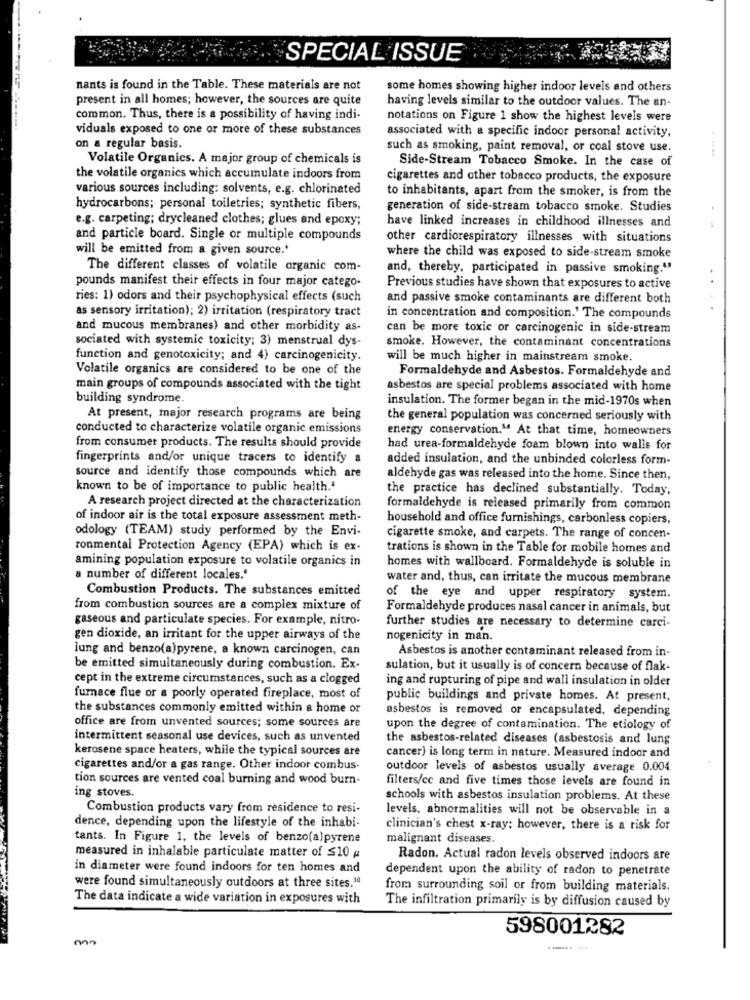
SPECIAL ISSUE
nants is found in the Table. These materials are not
some homes showing higher indoor levels and others
present in all homes; however, the sources are quite
having levels similar to the outdoor values. The an-
common. Thus, there is a possibility of having indi-
notations on Figure 1 show the highest levels were
viduals exposed to one or more of these substances
associated with a specific indoor personal activity,
on a regular basis.
such as smoking, paint removal, or coal stove use.
Volatile Organics. A major group of chemicals is
Side-Stream Tobacco Smoke. In the case of
the volatile organics which accumulate indoors from
cigarettes and other tobacco products, the exposure
various sources including: solvents, e.g. chlorinated
to inhabitants, apart from the smoker, is from the
hydrocarbons; personal toiletries; synthetic fibers,
generation of side-stream tobacco smoke. Studies
e.g. carpeting; drycleaned clothes; glues and epoxy;
have linked increases in childhood illnesses and
and particle board. Single or multiple compounds
other cardiorespiratory illnesses with situations
will be emitted from a given source.'
where the child was exposed to side-stream smoke
The different classes of volatile organic com-
and, thereby, participated in passive smoking."
pounds manifest their effects in four major catego-
Previous studies have shown that exposures to active
ries: 1) odors and their psychophysical effects (such
and passive smoke contaminants are different both
as sensory irritation); 2) irritation (respiratory tract
in concentration and composition.' The compounds
and mucous membranes) and other morbidity as-
can be more toxic or carcinogenic in side-stream
sociated with systemic toxicity; 3) menstrual dys-
smoke. However, the contaminant concentrations
function and genotoxicity; and 4) carcinogenicity.
will be much higher in mainstream smoke.
Volatile organics are considered to be one of the
Formaldehyde and Asbestos. Formaldehyde and
main groups of compounds associated with the tight
asbestos are special problems associated with home
building syndrome.
insulation. The former began in the mid-1970s when
At present, major research programs are being
the general population was concerned seriously with
conducted to characterize volatile organic emissions
energy conservation." At that time, homeowners
from consumer products. The results should provide
had urea-formaldehyde foam blown into walls for
fingerprints and/or unique tracers to identify a
added insulation, and the unbinded colorless form-
source and identify those compounds which are
aldehyde gas was released into the home. Since then,
known to be of importance to public health.'
the practice has declined substantially. Today,
A research project directed at the characterization
formaldehyde is released primarily from common
of indoor air is the total exposure assessment meth-
household and office furnishings, carbonless copiers,
odology (TEAM) study performed by the Envi-
cigarette smoke, and carpets. The range of concen-
ronmental Protection Agency (EPA) which is ex-
trations is shown in the Table for mobile homes and
amining population exposure to volatile organics in
homes with wallboard. Formaldehyde is soluble in
number of different locales.'
water and, thus, can irritate the mucous membrane
Combustion Products. The substances emitted
of the eye and upper respiratory system.
from combustion sources are a complex mixture of
Formaldehyde produces nasal cancer in animals, but
gaseous and particulate species. For example, nitro-
further studies are necessary to determine carci-
gen dioxide, an irritant for the upper airways of the
nogenicity in man.
lung and benzo(a)pyrene, a known carcinogen, can
Asbestos is another contaminant released from in-
be emitted simultaneously during combustion. Ex-
sulation, but it usually is of concern because of flak-
cept in the extreme circumstances, such as a clogged
ing and rupturing of pipe and wall insulation in older
furnace flue or a poorly operated fireplace, most of
public buildings and private homes. At present,
the substances commonly emitted within a home or
asbestos is removed or encapsulated, depending
office are from unvented sources; some sources are
upon the degree of contamination. The etiology of
intermittent seasonal use devices, such as unvented
the asbestos-related diseases (asbestosis and lung
kerosene space heaters, while the typical sources are
cancer) is long term in nature. Measured indoor and
cigarettes and/or a gas range. Other indoor combus.
outdoor levels of asbestos usually average 0.004
tion sources are vented coal burning and wood burn-
filters/cc and five times those levels are found in
ing stoves.
schools with asbestos insulation problems. At these
Combustion products vary from residence to resi-
levels, abnormalities will not be observable in a
dence, depending upon the lifestyle of the inhabi-
clinician's chest x-ray; however, there is a risk for
tants. In Figure 1, the levels of benzo(a)pyrene
malignant diseases.
measured in inhalable particulate matter of ≤10 #
Radon. Actual radon levels observed indoors are
in diameter were found indoors for ten homes and
dependent upon the ability of radon to penetrate
were found simultaneously outdoors at three sites.10
from surrounding soil or from building materials.
The data indicate a wide variation in exposures with
The infiltration primarily is by diffusion caused by
598001282